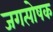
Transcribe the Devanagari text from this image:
जगत्पोषक